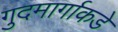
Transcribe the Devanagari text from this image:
गुदमार्गाकडे